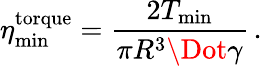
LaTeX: \eta_{\mathrm{min}}^{\mathrm{torque}}=\frac{2T_{\mathrm{min}}}{\pi R^{3}\Dot{\gamma}}\, .